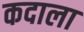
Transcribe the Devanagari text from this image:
कदाला